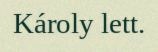
Károly lett.